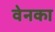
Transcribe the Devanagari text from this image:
वेनका